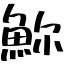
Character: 𩶗